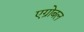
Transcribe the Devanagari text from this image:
एग्रोबल